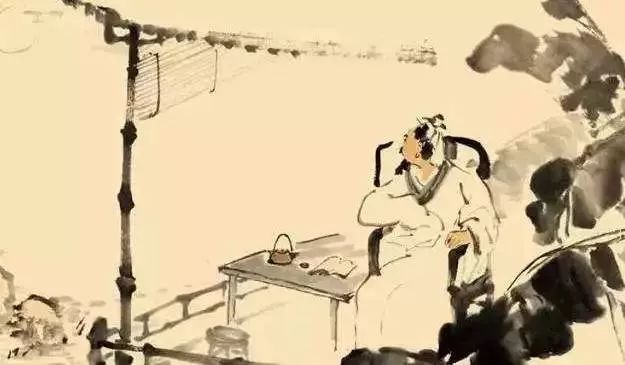
远书归梦两悠悠，只有空床敌素秋。